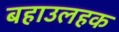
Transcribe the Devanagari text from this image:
बहाउलहक